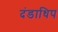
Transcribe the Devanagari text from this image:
दंडाधिप